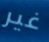
غير